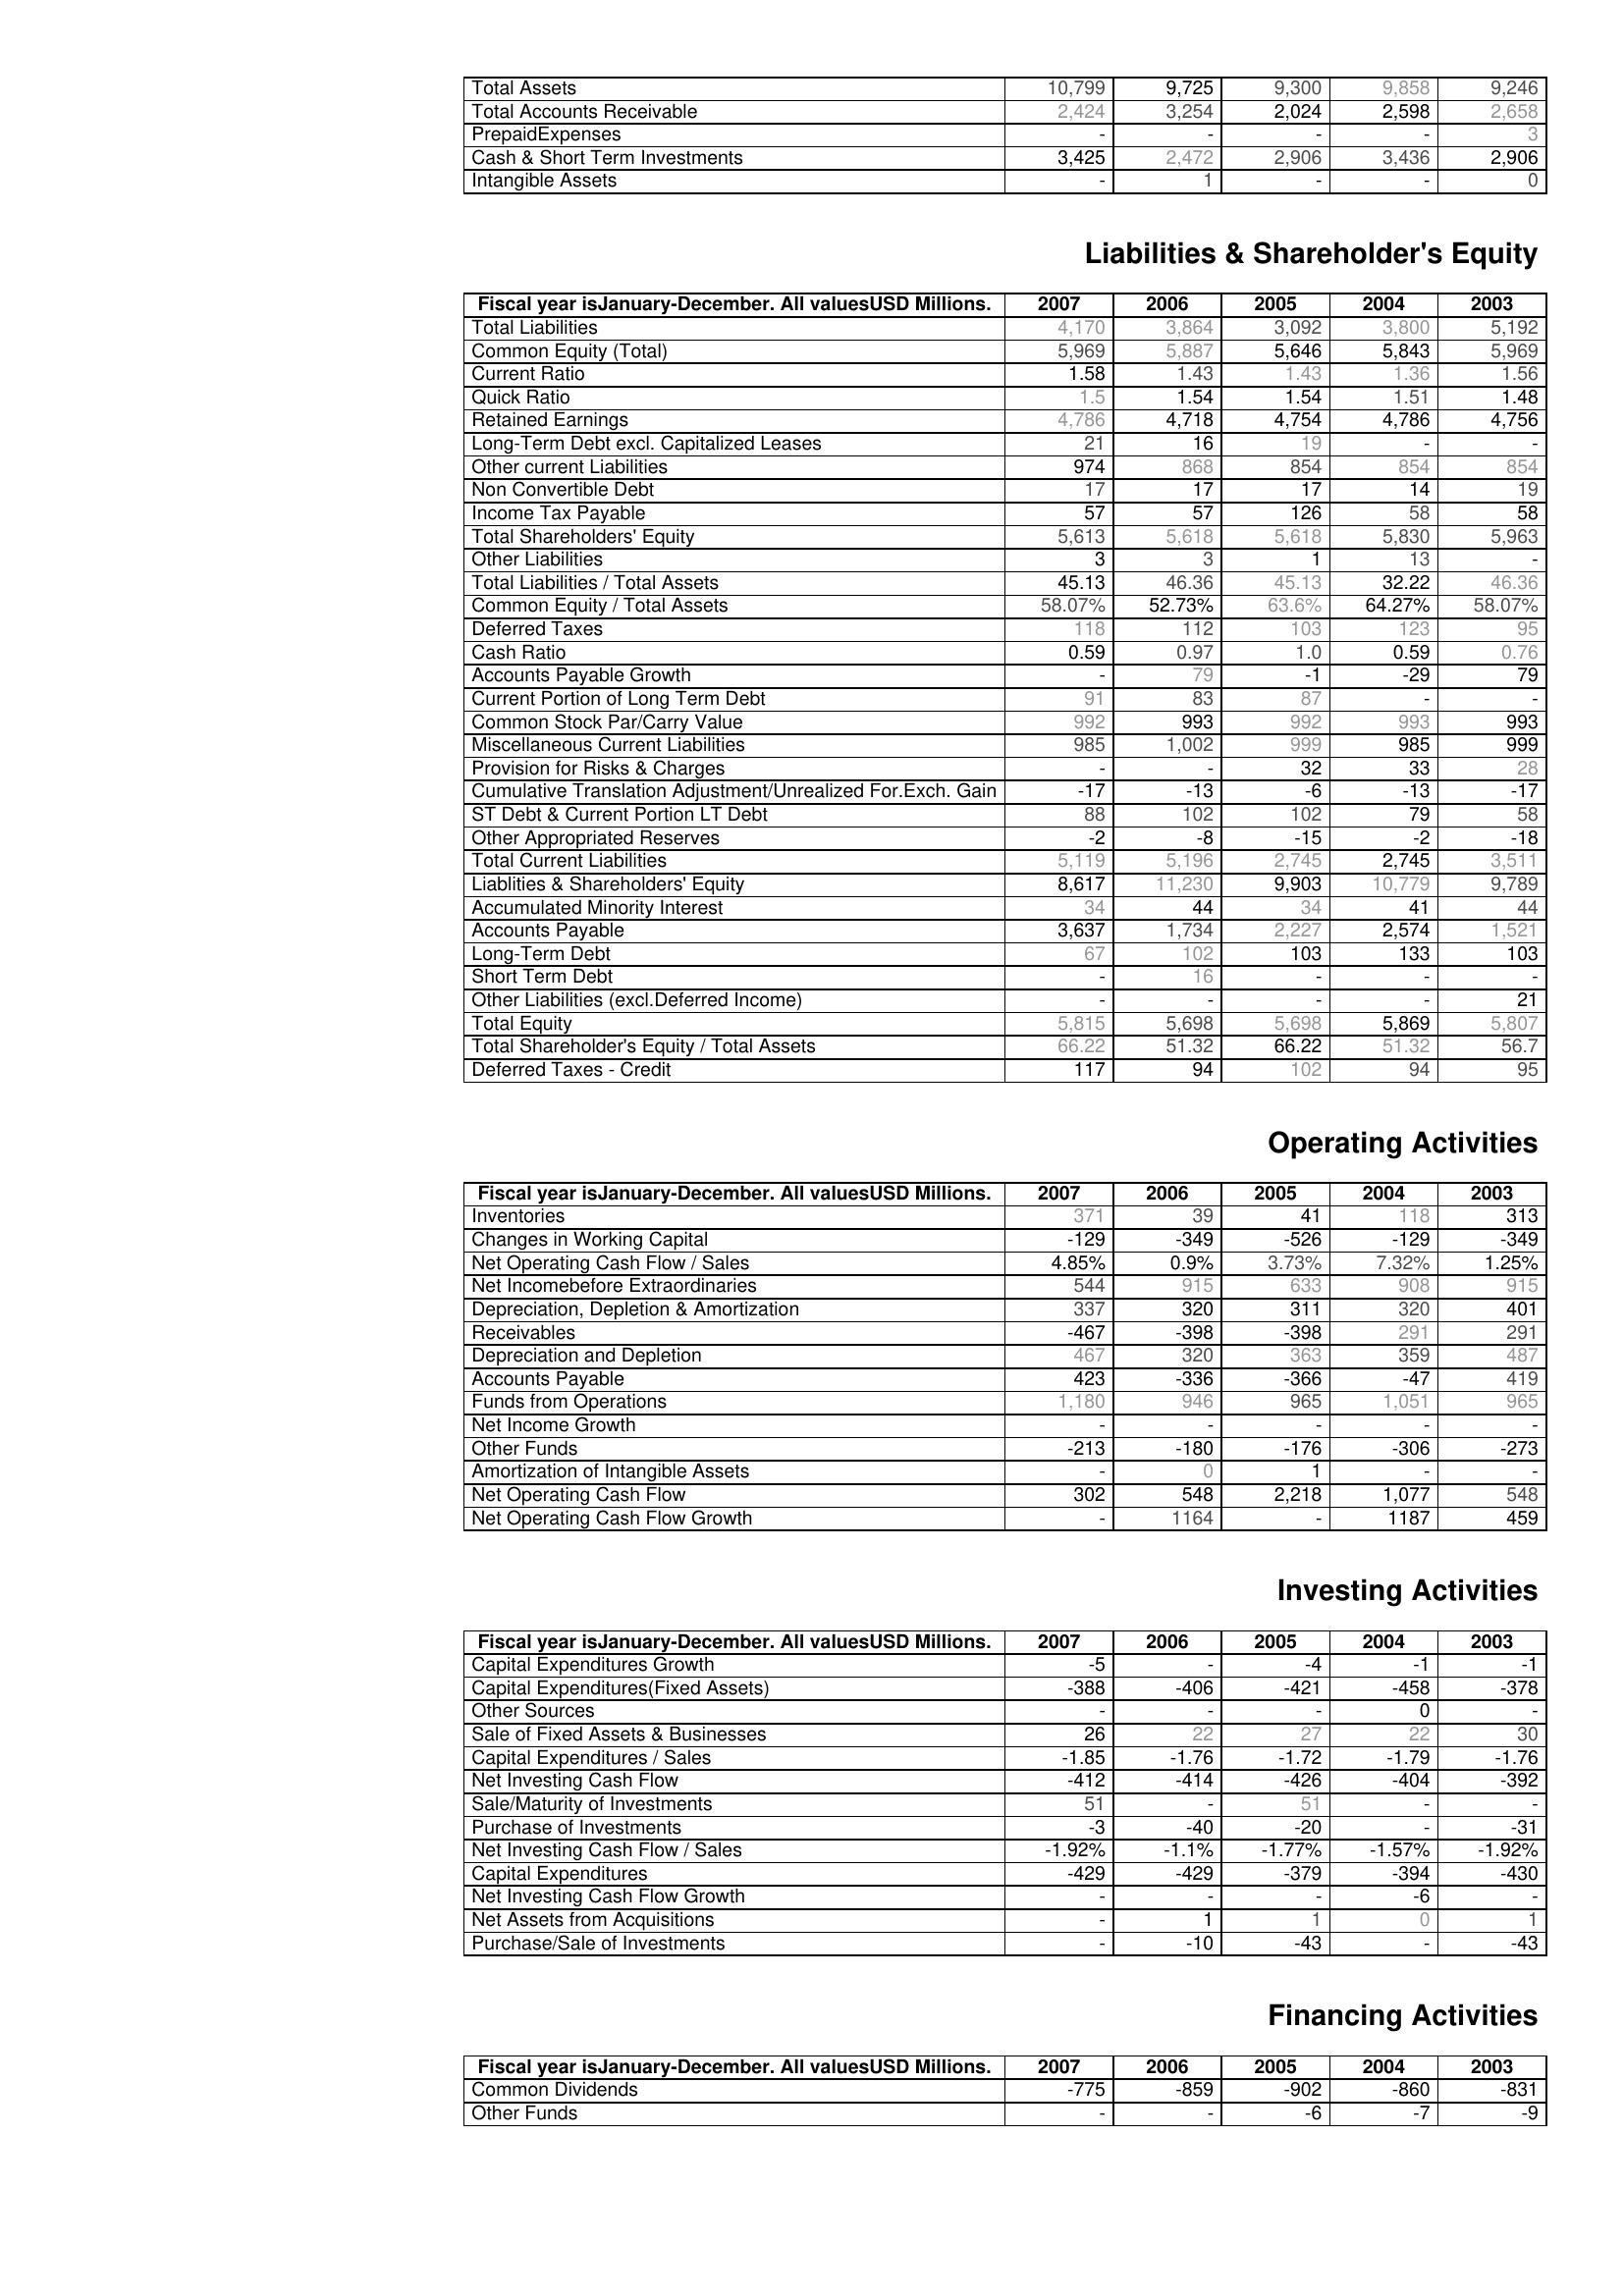
2007: Assets: Total Assets: 10,799
Total Accounts Receivable: 2,424
PrepaidExpenses: -
Cash & Short Term Investments: 3,425
Intangible Assets: -
Liabilities & Shareholder's Equity: Total Liabilities: 4,170
Common Equity (Total): 5,969
Current Ratio: 1.58
Quick Ratio: 1.5
Retained Earnings: 4,786
Long-Term Debt excl. Capitalized Leases: 21
Other current Liabilities: 974
Non Convertible Debt: 17
Income Tax Payable: 57
Total Shareholders' Equity: 5,613
Other Liabilities: 3
Total Liabilities / Total Assets: 45.13
Common Equity / Total Assets: 58.07%
Deferred Taxes: 118
Cash Ratio: 0.59
Accounts Payable Growth: -
Current Portion of Long Term Debt: 91
Common Stock Par/Carry Value: 992
Miscellaneous Current Liabilities: 985
Provision for Risks & Charges: -
Cumulative Translation Adjustment/Unrealized For.Exch. Gain: -17
ST Debt & Current Portion LT Debt: 88
Other Appropriated Reserves: -2
Total Current Liabilities: 5,119
Liablities & Shareholders' Equity: 8,617
Accumulated Minority Interest: 34
Accounts Payable: 3,637
Long-Term Debt: 67
Short Term Debt: -
Other Liabilities (excl.Deferred Income): -
Total Equity: 5,815
Total Shareholder's Equity / Total Assets: 66.22
Deferred Taxes - Credit: 117
Operating Activities: Inventories: 371
Changes in Working Capital: -129
Net Operating Cash Flow / Sales: 4.85%
Net Incomebefore Extraordinaries: 544
Depreciation, Depletion & Amortization: 337
Receivables: -467
Depreciation and Depletion: 467
Accounts Payable: 423
Funds from Operations: 1,180
Net Income Growth: -
Other Funds: -213
Amortization of Intangible Assets: -
Net Operating Cash Flow: 302
Net Operating Cash Flow Growth: -
Investing Activities: Capital Expenditures Growth: -5
Capital Expenditures(Fixed Assets): -388
Other Sources: -
Sale of Fixed Assets & Businesses: 26
Capital Expenditures / Sales: -1.85
Net Investing Cash Flow: -412
Sale/Maturity of Investments: 51
Purchase of Investments: -3
Net Investing Cash Flow / Sales: -1.92%
Capital Expenditures: -429
Net Investing Cash Flow Growth: -
Net Assets from Acquisitions: -
Purchase/Sale of Investments: -
Financing Activities: Common Dividends: -775
Other Funds: -
2006: Assets: Total Assets: 9,725
Total Accounts Receivable: 3,254
PrepaidExpenses: -
Cash & Short Term Investments: 2,472
Intangible Assets: 1
Liabilities & Shareholder's Equity: Total Liabilities: 3,864
Common Equity (Total): 5,887
Current Ratio: 1.43
Quick Ratio: 1.54
Retained Earnings: 4,718
Long-Term Debt excl. Capitalized Leases: 16
Other current Liabilities: 868
Non Convertible Debt: 17
Income Tax Payable: 57
Total Shareholders' Equity: 5,618
Other Liabilities: 3
Total Liabilities / Total Assets: 46.36
Common Equity / Total Assets: 52.73%
Deferred Taxes: 112
Cash Ratio: 0.97
Accounts Payable Growth: 79
Current Portion of Long Term Debt: 83
Common Stock Par/Carry Value: 993
Miscellaneous Current Liabilities: 1,002
Provision for Risks & Charges: -
Cumulative Translation Adjustment/Unrealized For.Exch. Gain: -13
ST Debt & Current Portion LT Debt: 102
Other Appropriated Reserves: -8
Total Current Liabilities: 5,196
Liablities & Shareholders' Equity: 11,230
Accumulated Minority Interest: 44
Accounts Payable: 1,734
Long-Term Debt: 102
Short Term Debt: 16
Other Liabilities (excl.Deferred Income): -
Total Equity: 5,698
Total Shareholder's Equity / Total Assets: 51.32
Deferred Taxes - Credit: 94
Operating Activities: Inventories: 39
Changes in Working Capital: -349
Net Operating Cash Flow / Sales: 0.9%
Net Incomebefore Extraordinaries: 915
Depreciation, Depletion & Amortization: 320
Receivables: -398
Depreciation and Depletion: 320
Accounts Payable: -336
Funds from Operations: 946
Net Income Growth: -
Other Funds: -180
Amortization of Intangible Assets: 0
Net Operating Cash Flow: 548
Net Operating Cash Flow Growth: 1164
Investing Activities: Capital Expenditures Growth: -
Capital Expenditures(Fixed Assets): -406
Other Sources: -
Sale of Fixed Assets & Businesses: 22
Capital Expenditures / Sales: -1.76
Net Investing Cash Flow: -414
Sale/Maturity of Investments: -
Purchase of Investments: -40
Net Investing Cash Flow / Sales: -1.1%
Capital Expenditures: -429
Net Investing Cash Flow Growth: -
Net Assets from Acquisitions: 1
Purchase/Sale of Investments: -10
Financing Activities: Common Dividends: -859
Other Funds: -
2005: Assets: Total Assets: 9,300
Total Accounts Receivable: 2,024
PrepaidExpenses: -
Cash & Short Term Investments: 2,906
Intangible Assets: -
Liabilities & Shareholder's Equity: Total Liabilities: 3,092
Common Equity (Total): 5,646
Current Ratio: 1.43
Quick Ratio: 1.54
Retained Earnings: 4,754
Long-Term Debt excl. Capitalized Leases: 19
Other current Liabilities: 854
Non Convertible Debt: 17
Income Tax Payable: 126
Total Shareholders' Equity: 5,618
Other Liabilities: 1
Total Liabilities / Total Assets: 45.13
Common Equity / Total Assets: 63.6%
Deferred Taxes: 103
Cash Ratio: 1.0
Accounts Payable Growth: -1
Current Portion of Long Term Debt: 87
Common Stock Par/Carry Value: 992
Miscellaneous Current Liabilities: 999
Provision for Risks & Charges: 32
Cumulative Translation Adjustment/Unrealized For.Exch. Gain: -6
ST Debt & Current Portion LT Debt: 102
Other Appropriated Reserves: -15
Total Current Liabilities: 2,745
Liablities & Shareholders' Equity: 9,903
Accumulated Minority Interest: 34
Accounts Payable: 2,227
Long-Term Debt: 103
Short Term Debt: -
Other Liabilities (excl.Deferred Income): -
Total Equity: 5,698
Total Shareholder's Equity / Total Assets: 66.22
Deferred Taxes - Credit: 102
Operating Activities: Inventories: 41
Changes in Working Capital: -526
Net Operating Cash Flow / Sales: 3.73%
Net Incomebefore Extraordinaries: 633
Depreciation, Depletion & Amortization: 311
Receivables: -398
Depreciation and Depletion: 363
Accounts Payable: -366
Funds from Operations: 965
Net Income Growth: -
Other Funds: -176
Amortization of Intangible Assets: 1
Net Operating Cash Flow: 2,218
Net Operating Cash Flow Growth: -
Investing Activities: Capital Expenditures Growth: -4
Capital Expenditures(Fixed Assets): -421
Other Sources: -
Sale of Fixed Assets & Businesses: 27
Capital Expenditures / Sales: -1.72
Net Investing Cash Flow: -426
Sale/Maturity of Investments: 51
Purchase of Investments: -20
Net Investing Cash Flow / Sales: -1.77%
Capital Expenditures: -379
Net Investing Cash Flow Growth: -
Net Assets from Acquisitions: 1
Purchase/Sale of Investments: -43
Financing Activities: Common Dividends: -902
Other Funds: -6
2004: Assets: Total Assets: 9,858
Total Accounts Receivable: 2,598
PrepaidExpenses: -
Cash & Short Term Investments: 3,436
Intangible Assets: -
Liabilities & Shareholder's Equity: Total Liabilities: 3,800
Common Equity (Total): 5,843
Current Ratio: 1.36
Quick Ratio: 1.51
Retained Earnings: 4,786
Long-Term Debt excl. Capitalized Leases: -
Other current Liabilities: 854
Non Convertible Debt: 14
Income Tax Payable: 58
Total Shareholders' Equity: 5,830
Other Liabilities: 13
Total Liabilities / Total Assets: 32.22
Common Equity / Total Assets: 64.27%
Deferred Taxes: 123
Cash Ratio: 0.59
Accounts Payable Growth: -29
Current Portion of Long Term Debt: -
Common Stock Par/Carry Value: 993
Miscellaneous Current Liabilities: 985
Provision for Risks & Charges: 33
Cumulative Translation Adjustment/Unrealized For.Exch. Gain: -13
ST Debt & Current Portion LT Debt: 79
Other Appropriated Reserves: -2
Total Current Liabilities: 2,745
Liablities & Shareholders' Equity: 10,779
Accumulated Minority Interest: 41
Accounts Payable: 2,574
Long-Term Debt: 133
Short Term Debt: -
Other Liabilities (excl.Deferred Income): -
Total Equity: 5,869
Total Shareholder's Equity / Total Assets: 51.32
Deferred Taxes - Credit: 94
Operating Activities: Inventories: 118
Changes in Working Capital: -129
Net Operating Cash Flow / Sales: 7.32%
Net Incomebefore Extraordinaries: 908
Depreciation, Depletion & Amortization: 320
Receivables: 291
Depreciation and Depletion: 359
Accounts Payable: -47
Funds from Operations: 1,051
Net Income Growth: -
Other Funds: -306
Amortization of Intangible Assets: -
Net Operating Cash Flow: 1,077
Net Operating Cash Flow Growth: 1187
Investing Activities: Capital Expenditures Growth: -1
Capital Expenditures(Fixed Assets): -458
Other Sources: 0
Sale of Fixed Assets & Businesses: 22
Capital Expenditures / Sales: -1.79
Net Investing Cash Flow: -404
Sale/Maturity of Investments: -
Purchase of Investments: -
Net Investing Cash Flow / Sales: -1.57%
Capital Expenditures: -394
Net Investing Cash Flow Growth: -6
Net Assets from Acquisitions: 0
Purchase/Sale of Investments: -
Financing Activities: Common Dividends: -860
Other Funds: -7
2003: Assets: Total Assets: 9,246
Total Accounts Receivable: 2,658
PrepaidExpenses: 3
Cash & Short Term Investments: 2,906
Intangible Assets: 0
Liabilities & Shareholder's Equity: Total Liabilities: 5,192
Common Equity (Total): 5,969
Current Ratio: 1.56
Quick Ratio: 1.48
Retained Earnings: 4,756
Long-Term Debt excl. Capitalized Leases: -
Other current Liabilities: 854
Non Convertible Debt: 19
Income Tax Payable: 58
Total Shareholders' Equity: 5,963
Other Liabilities: -
Total Liabilities / Total Assets: 46.36
Common Equity / Total Assets: 58.07%
Deferred Taxes: 95
Cash Ratio: 0.76
Accounts Payable Growth: 79
Current Portion of Long Term Debt: -
Common Stock Par/Carry Value: 993
Miscellaneous Current Liabilities: 999
Provision for Risks & Charges: 28
Cumulative Translation Adjustment/Unrealized For.Exch. Gain: -17
ST Debt & Current Portion LT Debt: 58
Other Appropriated Reserves: -18
Total Current Liabilities: 3,511
Liablities & Shareholders' Equity: 9,789
Accumulated Minority Interest: 44
Accounts Payable: 1,521
Long-Term Debt: 103
Short Term Debt: -
Other Liabilities (excl.Deferred Income): 21
Total Equity: 5,807
Total Shareholder's Equity / Total Assets: 56.7
Deferred Taxes - Credit: 95
Operating Activities: Inventories: 313
Changes in Working Capital: -349
Net Operating Cash Flow / Sales: 1.25%
Net Incomebefore Extraordinaries: 915
Depreciation, Depletion & Amortization: 401
Receivables: 291
Depreciation and Depletion: 487
Accounts Payable: 419
Funds from Operations: 965
Net Income Growth: -
Other Funds: -273
Amortization of Intangible Assets: -
Net Operating Cash Flow: 548
Net Operating Cash Flow Growth: 459
Investing Activities: Capital Expenditures Growth: -1
Capital Expenditures(Fixed Assets): -378
Other Sources: -
Sale of Fixed Assets & Businesses: 30
Capital Expenditures / Sales: -1.76
Net Investing Cash Flow: -392
Sale/Maturity of Investments: -
Purchase of Investments: -31
Net Investing Cash Flow / Sales: -1.92%
Capital Expenditures: -430
Net Investing Cash Flow Growth: -
Net Assets from Acquisitions: 1
Purchase/Sale of Investments: -43
Financing Activities: Common Dividends: -831
Other Funds: -9